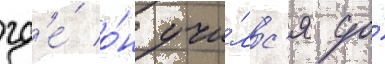
гд'е́ о́н учи́лс'я до́